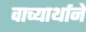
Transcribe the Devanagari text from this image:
वाच्यार्थाने